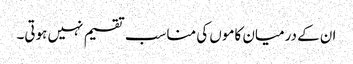
ان کے درمیان کاموں کی مناسب تقسیم نہیں ہوتی۔